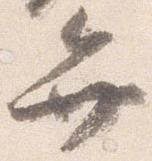
弁